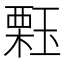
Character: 𱯑